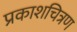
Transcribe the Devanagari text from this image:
प्रकाशचित्रण